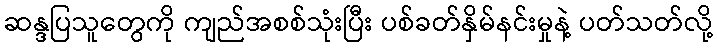
ဆန္ဒပြသူတွေကို ကျည်အစစ်သုံးပြီး ပစ်ခတ်နှိမ်နင်းမှုနဲ့ ပတ်သတ်လို့